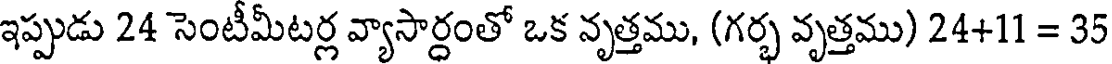
ఇప్పుడు 24 సెంటీమీటర్ల వ్యాసార్ధంతో ఒక నృత్తము, (గర్భ వృత్తము) 24+11 = 35